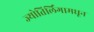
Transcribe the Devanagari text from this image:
ज्योतिर्लिंगामधून